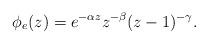
LaTeX: \begin{align*}\phi_{e}(z)=e^{-\alpha z} z^{-\beta} (z-1)^{-\gamma}.\end{align*}